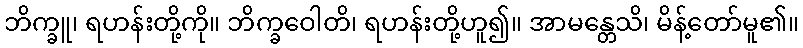
ဘိက္ခူ၊ ရဟန်းတို့ကို။ ဘိက္ခဝေါတိ၊ ရဟန်းတို့ဟူ၍။ အာမန္တေသိ၊ မိန့်တော်မူ၏။